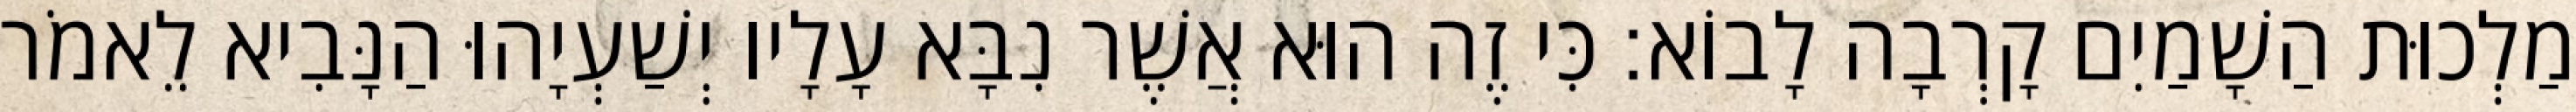
מַלְכוּת הַשָׁמַיִם קָרְבָה לָבוֹא׃ כִּי זֶה הוּא אֲשֶׁר נִבָּא עָלָיו יְשַׁעְיָהוּ הַנָּבִיא לֵאמֹר